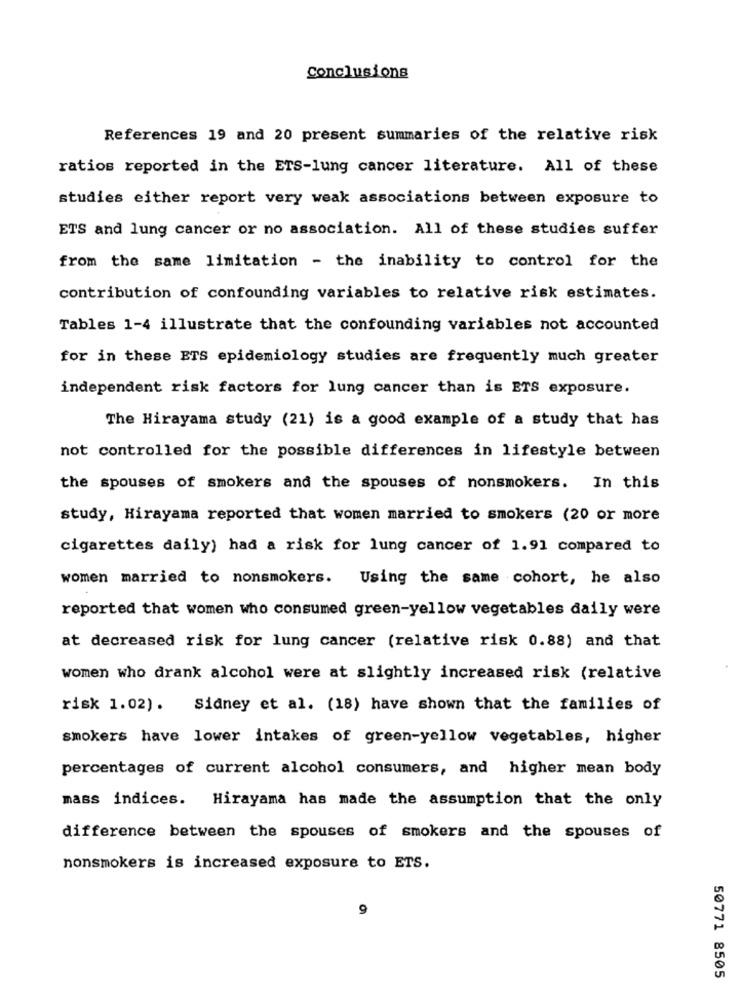
Conclusions
References 19 and 20 present summaries of the relative risk
ratios reported in the ETS-lung cancer literature. All of these
studies either report very weak associations between exposure to
ETS and lung cancer or no association. All of these studies suffer
from the same limitation - the inability to control for the
contribution of confounding variables to relative risk estimates.
Tables 1-4 illustrate that the confounding variables not accounted
for in these ETS epidemiology studies are frequently much greater
independent risk factors for lung cancer than is ETS exposure.
The Hirayama study (21) is a good example of a study that has
not controlled for the possible differences in lifestyle between
the spouses of smokers and the spouses of nonsmokers. In this
study, Hirayama reported that women married to smokers (20 or more
cigarettes daily) had a risk for lung cancer of 1.91 compared to
women married to nonsmokers. Using the same cohort, he also
reported that women who consumed green-yellow vegetables daily were
at decreased risk for lung cancer (relative risk 0.88) and that
women who drank alcohol were at slightly increased risk (relative
risk 1.02). Sidney et al. (18) have shown that the families of
smokers have lower intakes of green-yellow vegetables, higher
percentages of current alcohol consumers, and higher mean body
mass indices. Hirayama has made the assumption that the only
difference between the spouses of smokers and the spouses of
nonsmokers is increased exposure to ETS.
9
50771 8505